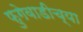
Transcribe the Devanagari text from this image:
फुगेवाडीच्या